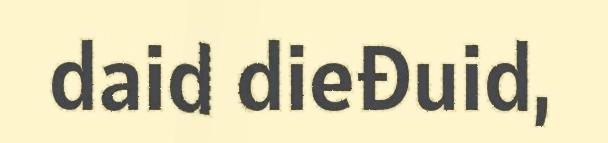
daid dieđuid,